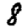
Digit: 8